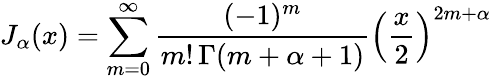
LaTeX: J_{\alpha}(x)=\sum_{m=0}^{\infty}{\frac{(-1)^{m}}{m!\, \Gamma(m+\alpha+1)}}{\left({\frac{x}{2}}\right)}^{2m+\alpha}